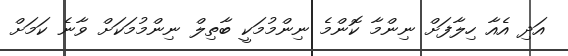
އަދި އެއާ ހިލާފަށް ނިންމާ ކޮންމެ ނިންމުމަކީ ބާތިލް ނިންމުމަކަށް ވާނެ ކަމަށް